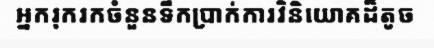
អ្នករុករកចំនួនទឹកប្រាក់ការវិនិយោគដ៏តូច